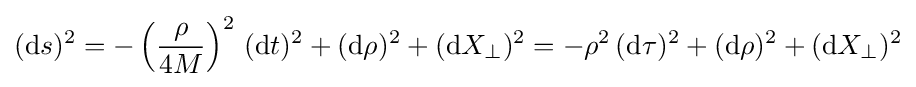
(\mathrm {d} s)^{2}=-\left({\frac {\rho }{4M}}\right)^{2}\,(\mathrm {d} t)^{2}+(\mathrm {d} \rho )^{2}+(\mathrm {d} X_{\perp })^{2}=-\rho ^{2}\,(\mathrm {d} \tau )^{2}+(\mathrm {d} \rho )^{2}+(\mathrm {d} X_{\perp })^{2}